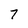
Character: 7